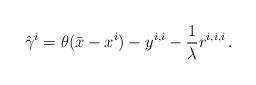
LaTeX: \begin{align*}\hat \gamma^i=\theta(\bar x-x^i)- y^{i,i} - \frac{1}{\lambda} r^{i,i,i} \,.\end{align*}